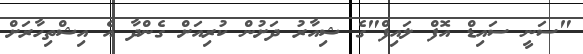
"ސަނީ ސައިޑް އޮފް ލައިފް"ގެ ޝިއާރު ދަށުން ކުރިއަށް ގެންދާ އެ އިޝްތިހާރަށް